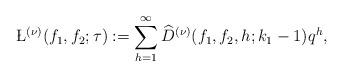
LaTeX: \begin{align*}\L^{(\nu)}(f_1,f_2;\tau):=\sum_{h=1}^{\infty}\widehat{D}^{(\nu)}(f_1,f_2,h;k_1-1)q^h,\end{align*}